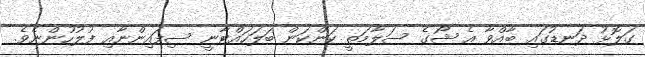
ގަލޮޅު ދަނޑުގައި ބާއްވާ އެ ޝޯގެ ސަލާމަތީ ކަންކަން ބަލަހައްޓާނީ ސިފައިންނާއި ފުލުހުންނެވެ.